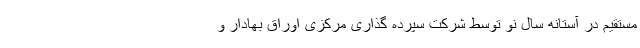
مستقیم در آستانه سال نو توسط شرکت سپرده گذاری مرکزی اوراق بهادار و